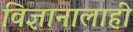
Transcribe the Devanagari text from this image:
विज्ञानालाही